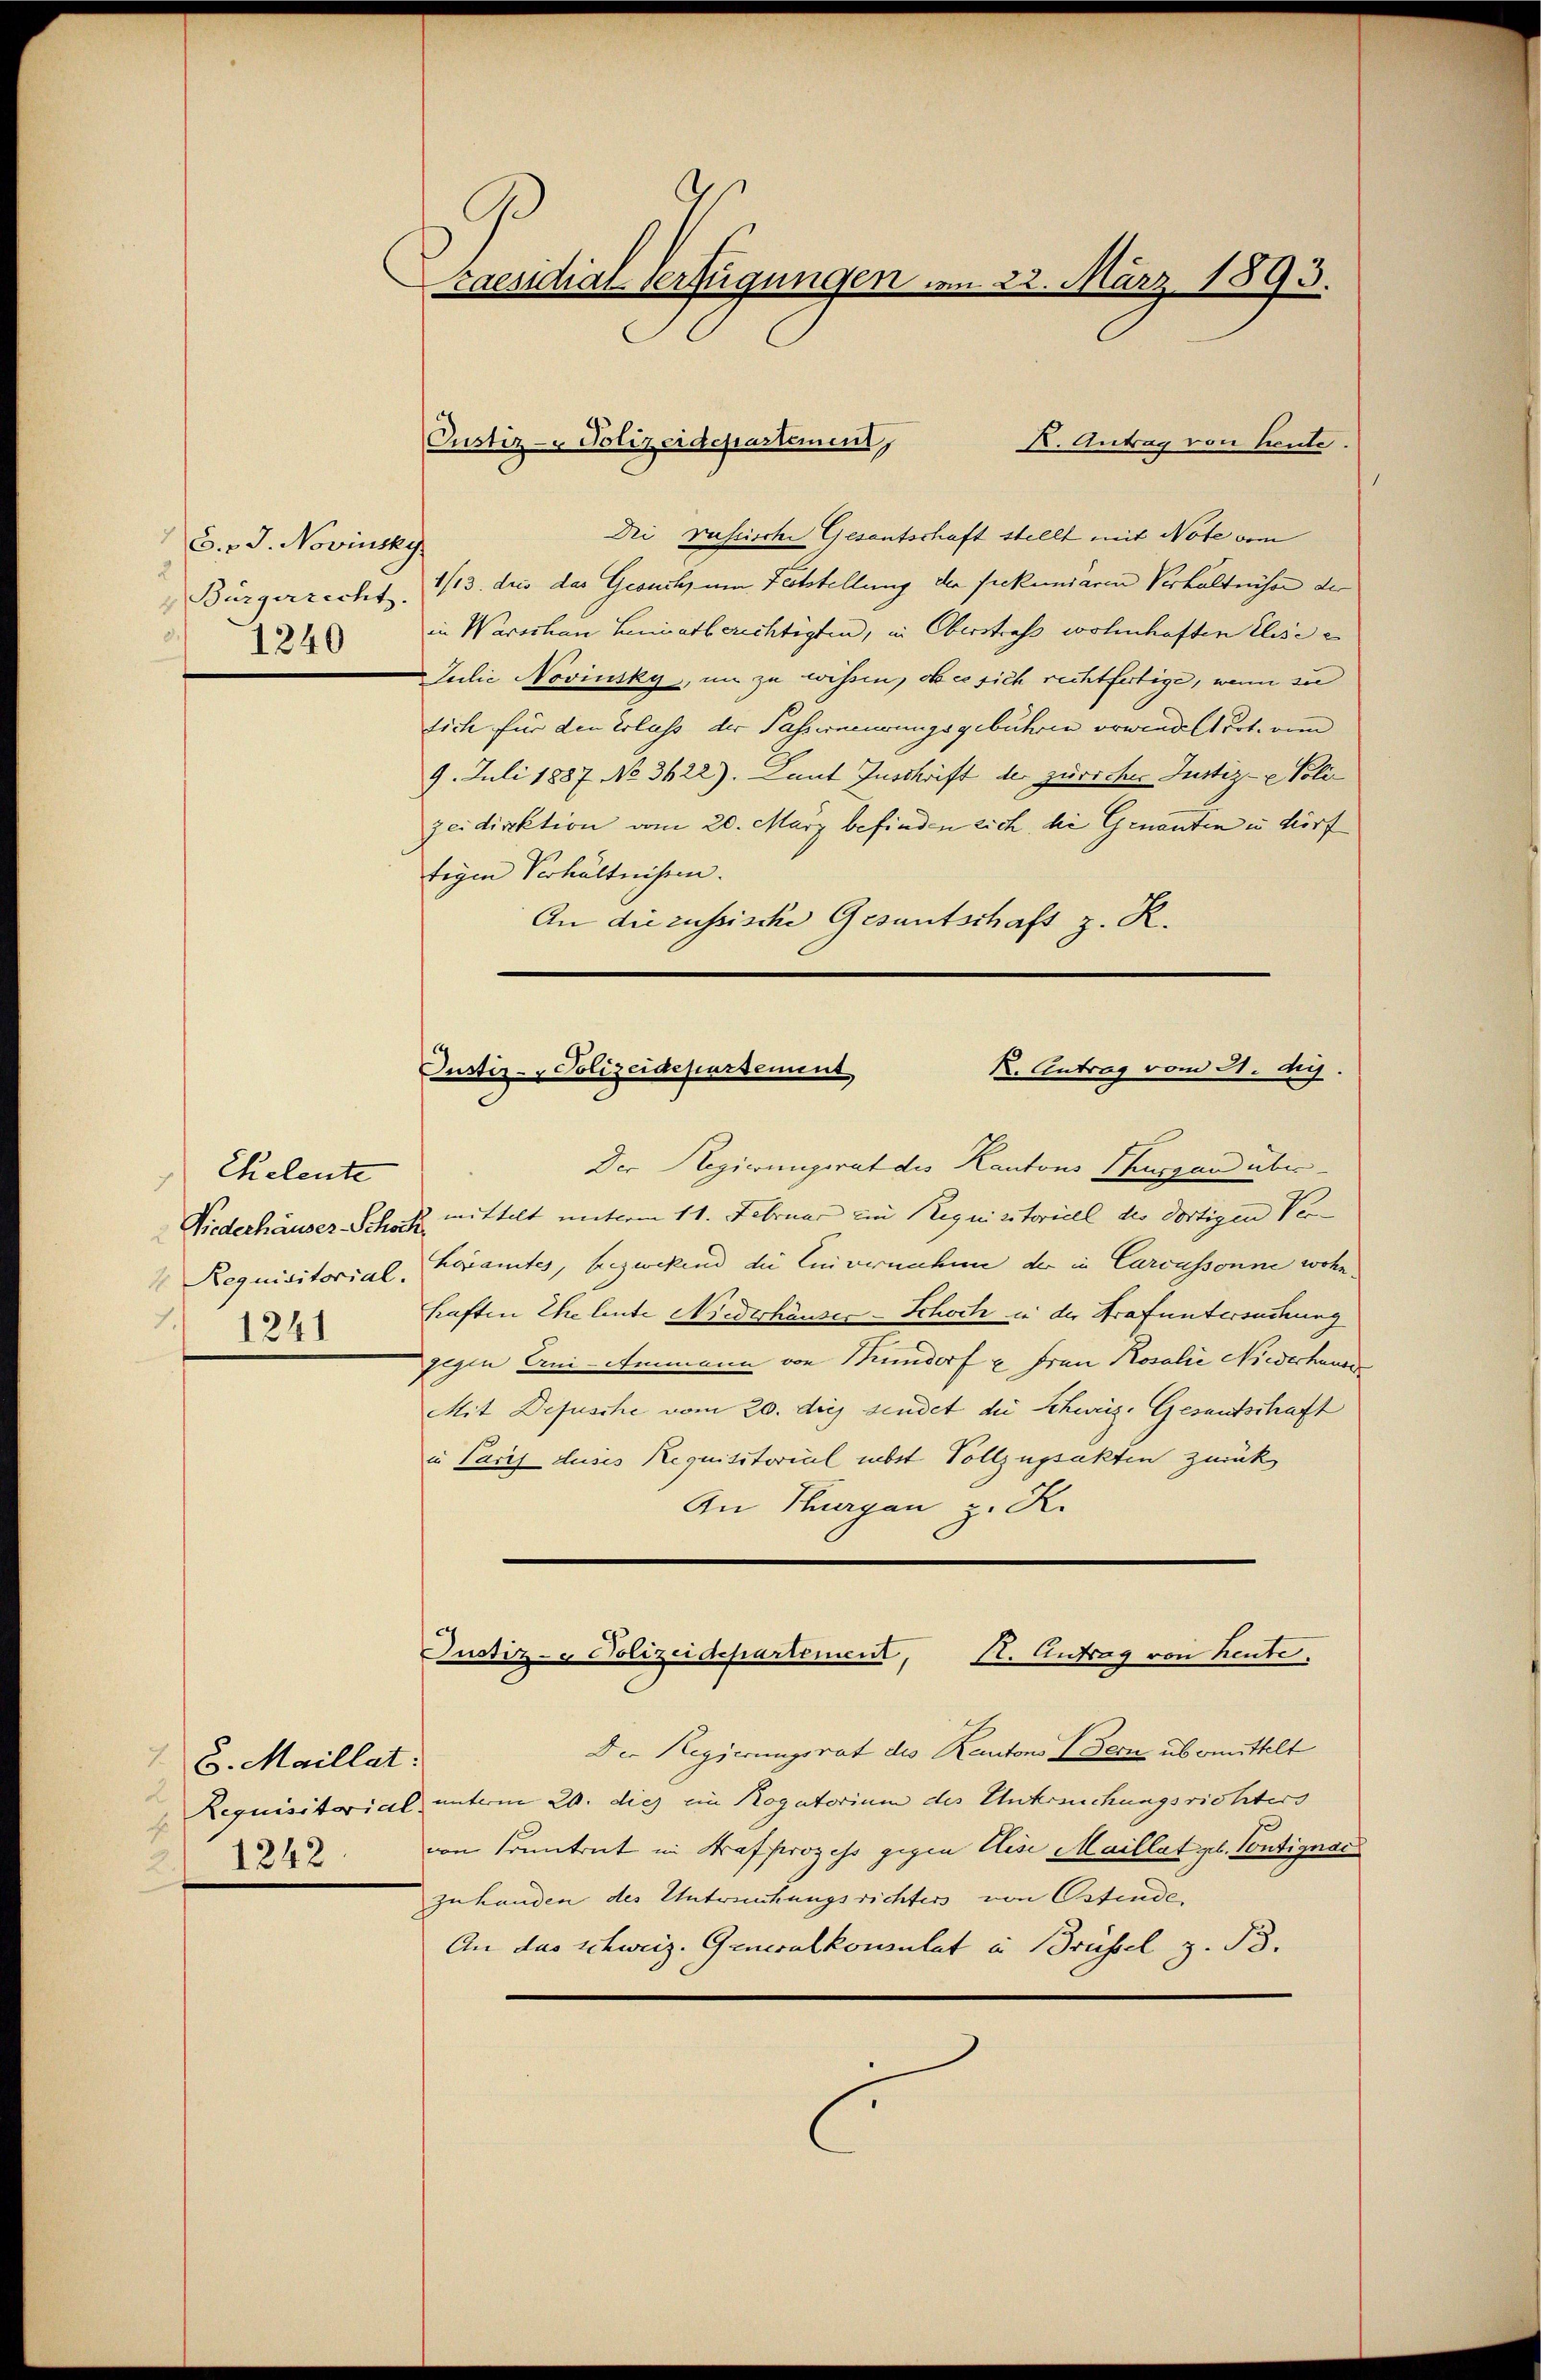
6. v. J. Novinsky
1240

Eheleute
Niederhauses Schock
1241

Caesidial-Verfügungen vom 22. März 1893.

6. Maillat
21242

K. Antrag von Leute.
Dei russierte Gesantschaft stellt mit Note vom
Bürgerrecht. 1113. dies das Gesuch um Feststellung der fiekuniaren Verhältnisse der
in Warschan Leniatberichtigten, in Oberstraf wohnhaften Elise
Jedie Novinsky, im zu wissen, ob es sich rechtfertige, wenn sie
tich für den Erlass der Passerneuerungsgebühren erwindelt Pot. vom
9. Juli 1887 No 3622). Laut Zuschrift der Züricher Justiz- & Polizeidirektion vom 20. März befinden sich, die Genanten u dörf
tigen Verhältnissen.
An die russische Gesantschaft z. R.

Custiz- & Polizeidepartement,

K. Antrag vom 21. Aug.
Justiz- & Polizeidepartement

Der Regierungsrat des Kantons Thurgau über
mittelt miterm 11. Februar ein Requisitoriell des dortigen Ver-
 Requisitorial-Keramtes, bezweckend die Einvernahme der in Carcussonne wohn
haften Eheleute Niederhäuser-Schoch in der Strafuntersuchung
gegen Eni-Ammann von Mundorf u. Frau Rosalie Niederhause
Mit Defusche vom 20. dies sindet die Schweiz. Gesantschaft
in Paris duses Requisitorial nebst Vollzugsakten zurück
An Thurgau z. R.

Justiz- & Polizeidepartement, Kt. Anfrag von heute,

Der Regierungsrat des Kantons Bern übermittelt
Requisitorial unterm 20. dies ein Rogatorium des Untreichungsrichters
p
von Contrat in Strafprozess gegen Elise Maillat gl. Contignac
zuhanden des Untrechungsrichten von Ostinde,
An das Schweiz. Generalkonsulat in Brüssel z. B.